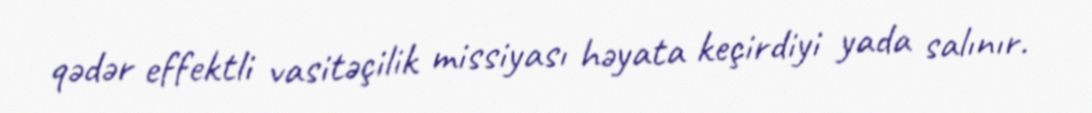
qədər effektli vasitəçilik missiyası həyata keçirdiyi yada salınır.